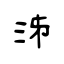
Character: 泲